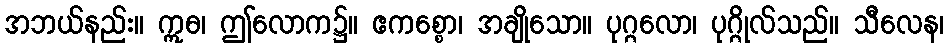
အဘယ်နည်း။ ဣဓ၊ ဤလောက၌။ ဧကစ္စော၊ အချိုသော။ ပုဂ္ဂလော၊ ပုဂ္ဂိုလ်သည်။ သီလေန၊